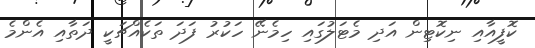
ކޮފީއާއި ނިކޮޓިން އަދި މެޓަލުގައި ހިމެނޭ ހަކުރު ފަދަ ތަކެއްޗަކީ ދަތާއި އެންމެ